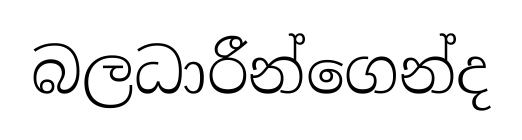
බලධාරීන්ගෙන්ද